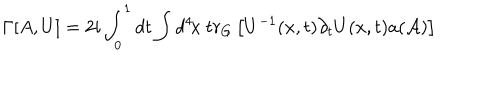
\Gamma [ A , U ] = 2 i \int _ { 0 } ^ { 1 } d t \int d ^ { 4 } \! x \ t r _ { G } \left[ U ^ { - 1 } ( x , t ) \partial _ { t } U ( x , t ) a ( { \cal A } ) \right]